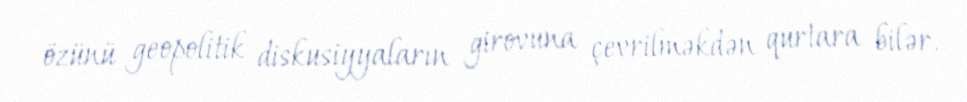
özünü geopolitik diskusiyyaların girovuna çevrilməkdən qurtara bilər.